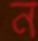
ন